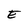
Character: E